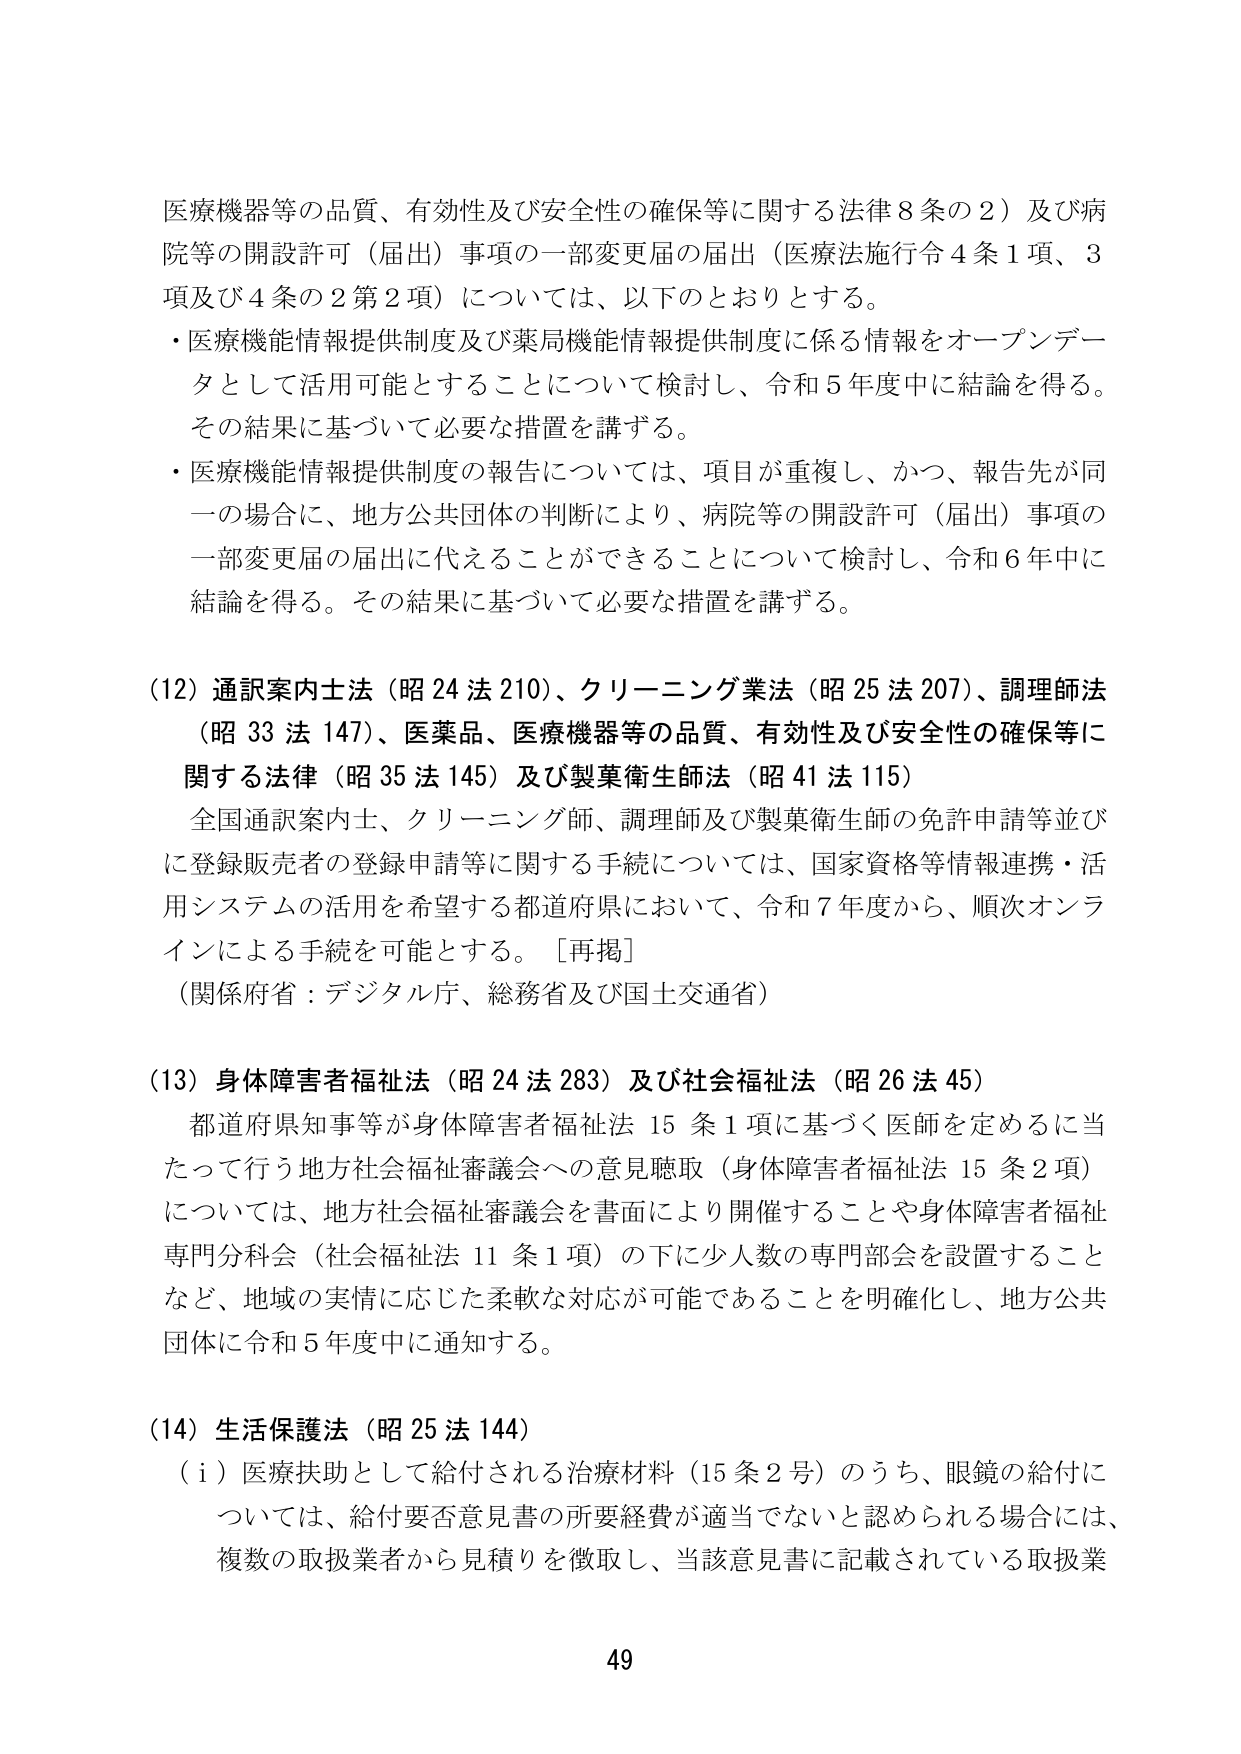
医療機器等の品質、有効性及び安全性の確保等に関する法律８条の２）及び病院等の開設許可（届出）事項の一部変更届の届出（医療法施行令４条１項、３項及び４条の２第２項）については、以下のとおりとする。

・医療機能情報提供制度及び薬局機能情報提供制度に係る情報をオープンデータとして活用可能とすることについて検討し、令和５年度中に結論を得る。その結果に基づいて必要な措置を講ずる。

・医療機能情報提供制度の報告については、項目が重複し、かつ、報告先が同一の場合に、地方公共団体の判断により、病院等の開設許可（届出）事項の一部変更届の届出に代えることができることについて検討し、令和６年中に結論を得る。その結果に基づいて必要な措置を講ずる。

（12）通訳案内士法（昭24法210）、クリーニング業法（昭25法207）、調理師法（昭33法147）、医薬品、医療機器等の品質、有効性及び安全性の確保等に関する法律（昭35法145）及び製菓衛生師法（昭41法115）

全国通訳案内士、クリーニング師、調理師及び製菓衛生師の免許申請等並びに登録販売者の登録申請等に関する手続については、国家資格等情報連携・活用システムの活用を希望する都道府県において、令和７年度から、順次オンラインによる手続を可能とする。［再掲］

（関係府省：デジタル庁、総務省及び国土交通省）

（13）身体障害者福祉法（昭24法283）及び社会福祉法（昭26法45）

都道府県知事等が身体障害者福祉法15条1項に基づく医師を定めるに当たって行う地方社会福祉審議会への意見聴取（身体障害者福祉法15条2項）については、地方社会福祉審議会を書面により開催することや身体障害者福祉専門分科会（社会福祉法11条1項）の下に少人数の専門部会を設置することなど、地域の実情に応じた柔軟な対応が可能であることを明確化し、地方公共団体に令和5年度中に通知する。

（14）生活保護法（昭25法144）

（i）医療扶助として給付される治療材料（15条2号）のうち、眼鏡の給付については、給付要否意見書の所要経費が適当でないと認められる場合には、複数の取扱業者から見積りを徴取し、当該意見書に記載されている取扱業

49